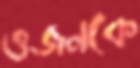
ওজনকে